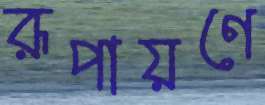
রূপায়ণে